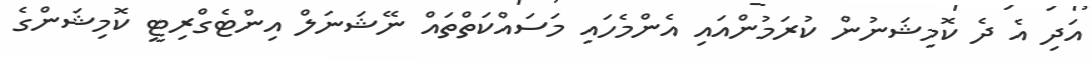
އަދި އެ ދެ ކޮމިޝަނުން ކުރަމުންއައި އެންމެހައި މަސައްކަތްތައް ނޭޝަނަލް އިންޓެގްރިޓީ ކޮމިޝަންގެ